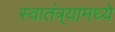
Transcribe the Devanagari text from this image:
स्वातंत्र्यामध्ये